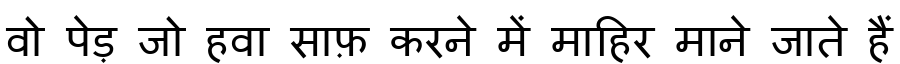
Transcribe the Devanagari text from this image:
वो पेड़ जो हवा साफ़ करने में माहिर माने जाते हैं